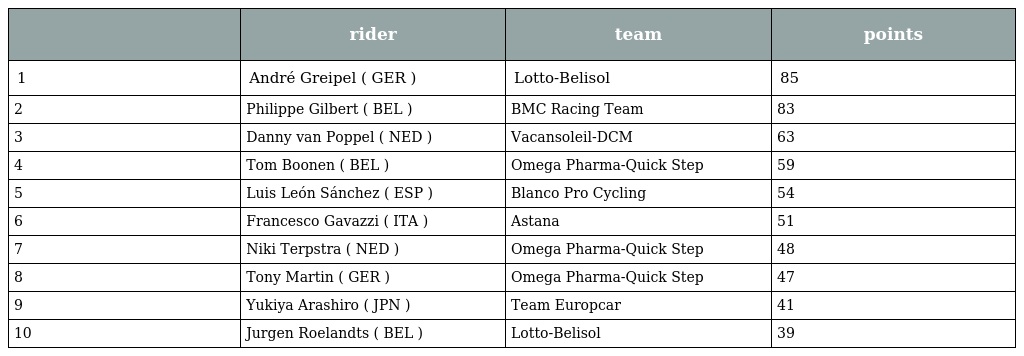
|  | rider | team | points |
 | --- | --- | --- | --- |
 | 1 | André Greipel ( GER ) | Lotto-Belisol | 85 |
 | 2 | Philippe Gilbert ( BEL ) | BMC Racing Team | 83 |
 | 3 | Danny van Poppel ( NED ) | Vacansoleil-DCM | 63 |
 | 4 | Tom Boonen ( BEL ) | Omega Pharma-Quick Step | 59 |
 | 5 | Luis León Sánchez ( ESP ) | Blanco Pro Cycling | 54 |
 | 6 | Francesco Gavazzi ( ITA ) | Astana | 51 |
 | 7 | Niki Terpstra ( NED ) | Omega Pharma-Quick Step | 48 |
 | 8 | Tony Martin ( GER ) | Omega Pharma-Quick Step | 47 |
 | 9 | Yukiya Arashiro ( JPN ) | Team Europcar | 41 |
 | 10 | Jurgen Roelandts ( BEL ) | Lotto-Belisol | 39 |